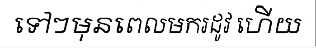
ទៅៗមុនពេលមករដូវ ហើយ